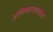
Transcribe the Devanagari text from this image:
आविष्कारस्वातंत्र्य